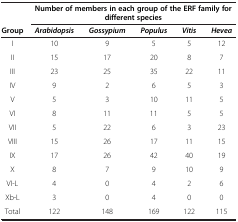
|  | <COLSPAN=5> Number of members in each group of the ERF family for different species |
 | Group | Arabidopsis | Gossypium | Populus | Vitis | Hevea |
 | --- | --- | --- | --- | --- | --- |
 | I | 10 | 9 | 5 | 5 | 12 |
 | II | 15 | 17 | 20 | 8 | 7 |
 | III | 23 | 25 | 35 | 22 | 11 |
 | IV | 9 | 2 | 6 | 5 | 3 |
 | V | 5 | 3 | 10 | 11 | 5 |
 | VI | 8 | 11 | 11 | 5 | 5 |
 | VII | 5 | 22 | 6 | 3 | 23 |
 | VIII | 15 | 26 | 17 | 11 | 15 |
 | IX | 17 | 26 | 42 | 40 | 19 |
 | X | 8 | 7 | 9 | 10 | 9 |
 | VI-L | 4 | 0 | 4 | 2 | 6 |
 | Xb-L | 3 | 0 | 4 | 0 | 0 |
 | Total | 122 | 148 | 169 | 122 | 115 |